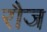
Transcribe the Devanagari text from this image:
रौज